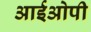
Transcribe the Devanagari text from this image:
आईओपी